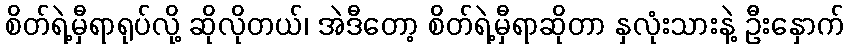
စိတ်ရဲ့မှီရာရုပ်လို့ ဆိုလိုတယ်၊ အဲဒီတော့ စိတ်ရဲ့မှီရာဆိုတာ နှလုံးသားနဲ့ ဦးနှောက်